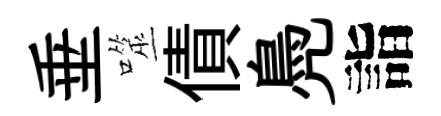
垂噬債鳧詣